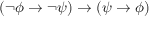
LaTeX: \left( \lnot \phi \to \lnot \psi \right) \to \left( \psi \to \phi \right)